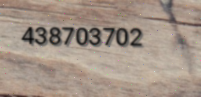
438703702